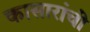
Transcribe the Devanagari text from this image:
कासारांचीं